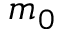
m _ { 0 }